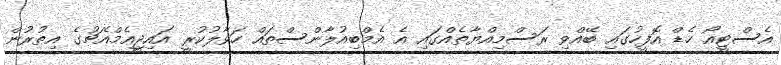
އެސްޓީއޯ ހެޑް އޮފީހުގައި ބޭއްވި ރަސްމިއްޔާތެއްގައި އެ އެމްބިއުލާންސްތައް ހަވާލުކުރީ އައިޖީއެމްއެޗުގެ އިތުރުން